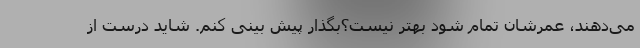
می‌دهند، عمرشان تمام شود بهتر نیست؟بگذار پیش بینی کنم. شايد درست از